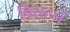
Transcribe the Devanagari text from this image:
विसटर्न